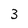
Character: 3